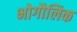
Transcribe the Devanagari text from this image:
भोगौलिक